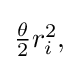
{\textstyle {\frac {\theta }{2}}r_{i}^{2},}